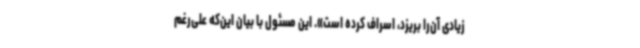
زیادی آن‌را بریزد، اسراف کرده است». این مسئول با بیان این‌که علی‌رغم